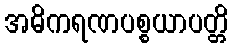
အဓိကရဏပစ္စယာပတ္တိ